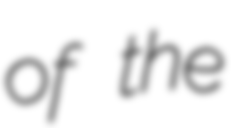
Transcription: of the